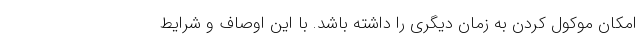
امکان موکول کردن به زمان دیگری را داشته باشد. با این اوصاف و شرایط